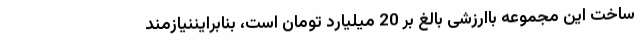
ساخت این مجموعه باارزشی بالغ بر 20 میلیارد تومان است، بنابرایننیازمند